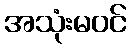
အသုံးမဝင်